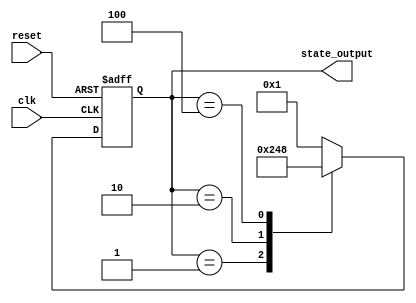
module PreConfiguredStateInitialization (
    input wire clk,                // Clock signal
    input wire reset,              // Active-high reset signal
    output reg [3:0] state_output   // State output (4-bit vector)
);

// Internal states
reg [3:0] current_state;

// Predefined initial state values
localparam INITIAL_STATE = 4'b0001; // Example initial state
localparam STATE_A = 4'b0001;        // Example state A
localparam STATE_B = 4'b0010;        // Example state B
localparam STATE_C = 4'b0100;        // Example state C
localparam STATE_D = 4'b1000;        // Example state D

// State transition logic
always @(posedge clk or posedge reset) begin
    if (reset) begin
        // Initialize internal states to predefined values on reset
        current_state <= INITIAL_STATE;
    end else begin
        // State transition logic (example)
        case (current_state)
            STATE_A: current_state <= STATE_B; // Transition from A to B
            STATE_B: current_state <= STATE_C; // Transition from B to C
            STATE_C: current_state <= STATE_D; // Transition from C to D
            STATE_D: current_state <= STATE_A; // Transition from D to A
            default: current_state <= INITIAL_STATE; // Default to initial state
        endcase
    end
end

// Assign the current state to the output
always @(*) begin
    state_output = current_state;
end

endmodule